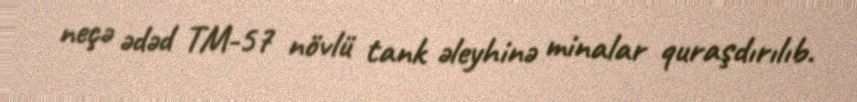
neçə ədəd TM-57 növlü tank əleyhinə minalar quraşdırılıb.